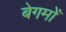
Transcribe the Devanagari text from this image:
बेगमोँ